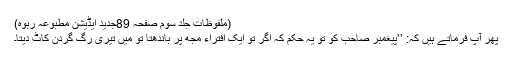
(ملفوظات جلد سوم صفحہ 89جدید ایڈیشن مطبوعہ ربوہ)
پھر آپؑ فرماتے ہیں کہ: ’’پیغمبر صاحب کو تو یہ حکم کہ اگر تُو ایک افتراء مجھ پر باندھتا تو مَیں تیری رگ گردن کاٹ دیتا۔